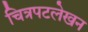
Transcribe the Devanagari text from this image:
चित्रपटलेखन